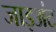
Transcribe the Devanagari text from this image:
जाइअंट